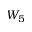
W _ { 5 }